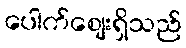
ပေါက်ဈေးရှိသည်